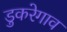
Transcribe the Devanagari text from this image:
डुकरेगाव